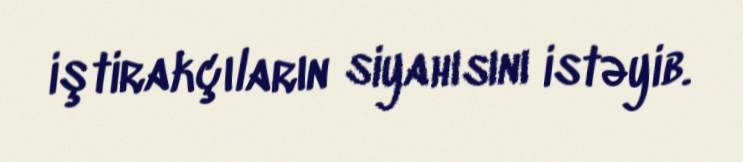
iştirakçıların siyahısını istəyib.